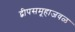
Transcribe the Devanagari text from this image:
द्वीपसमूहाजवळ